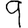
Digit: 9